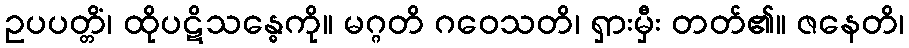
ဥပပတ္တိံ၊ ထိုပဋိသန္ဓေကို။ မဂ္ဂတိ ဂဝေသတိ၊ ရှားမှီး တတ်၏။ ဇနေတိ၊